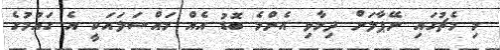
މި މެޗުގައި ނޭޕާލަށް ދިމާވި އެންމެ ބޮޑު އެއް މައްސަލައަކީ އެ ގައުމުގެ